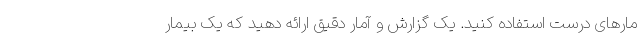
مارهای درست استفاده کنید. یک گزارش و آمار دقیق ارائه دهید که یک بیمار